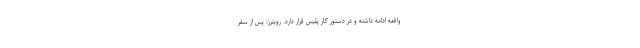
واقعه ادامه داشته و در دستور کار پلیس قرار دارد. رویترز: پس از سفر